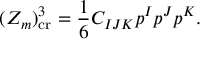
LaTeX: ( Z _ { m } ) _ { \mathrm { c r } } ^ { 3 } = { \frac { 1 } { 6 } } C _ { I J K } p ^ { I } p ^ { J } p ^ { K } .